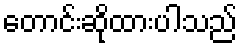
တောင်းဆိုထားပါသည်